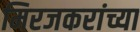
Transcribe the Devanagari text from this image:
मिरजकरांच्या